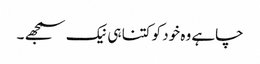
چاہے وہ خود کو کتنا ہی نیک سمجھے ۔